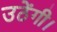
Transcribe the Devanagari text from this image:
उठेंगी।